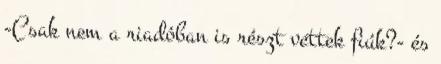
-Csak nem a riadóban is részt vettek fiúk?- és